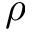
\rho